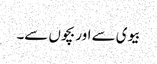
بیوی سے اور بچوں سے۔